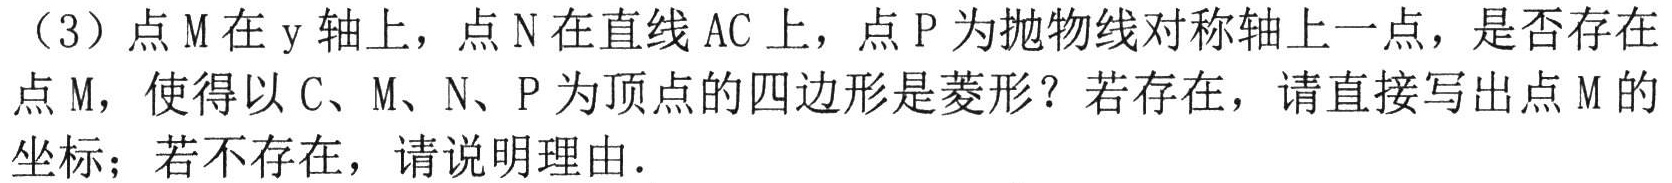
（3）点\(M\)在\(y\)轴上，点\(N\)在直线\(AC\)上，点\(P\)为抛物线对称轴上一点，是否存在点\(M\)，使得以\(C\)、\(M\)、\(N\)、\(P\)为顶点的四边形是菱形？若存在，请直接写出点\(M\)的坐标；若不存在，请说明理由.